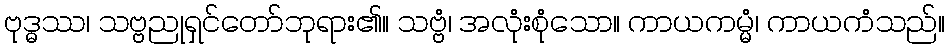
ဗုဒ္ဓဿ၊ သဗ္ဗညုရှင်တော်ဘုရား၏။ သဗ္ဗံ၊ အလုံးစုံသော။ ကာယကမ္မံ၊ ကာယကံသည်။